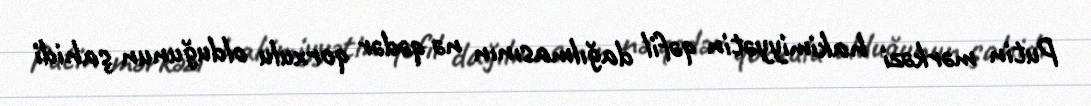
Putin mərkəzi hakimiyyətin qəfil dağılmasının nə qədər qorxulu olduğunun şahidi